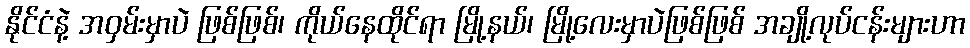
နိုင်ငံနဲ့ အဝှမ်းမှာပဲ ဖြစ်ဖြစ်၊ ကိုယ်နေထိုင်ရာ မြို့နယ်၊ မြို့လေးမှာပဲဖြစ်ဖြစ် အချို့လုပ်ငန်းများဟာ